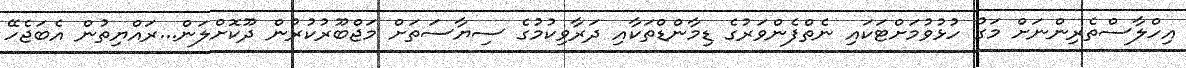
އިހްލާސްތެރިންނަށް މަގު ހުޅުވުމަށްޓަކައި ނެތްފެންވަރުގެ ޑިމާންޑްތަކާއި ދަރާވިކުމުގެ ސިޔާސަތަށް މަޖްބޫރުކުރުން ދޫކޮށްލަން...ރައްޔިތުން އެބަޖެހޭ